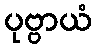
ပုဗ္ဗာယံ